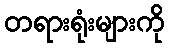
တရားရုံးများကို